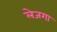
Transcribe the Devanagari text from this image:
लेजगा